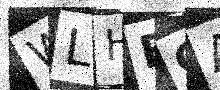
Text: WLHECA